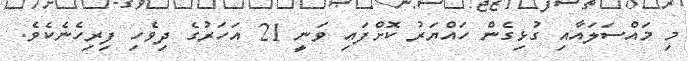
މި މައްސަލައާއި ގުޅިގެން ހައްޔަރު ކޮށްފައި ވަނީ 21 އަހަރުގެ ދިވެހި ފިރިހެނެކެވެ.